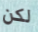
لكن